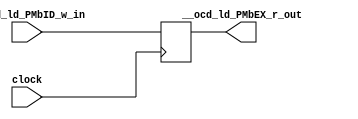

// File generated by Go version U-2022.12#33f3808fcb#221128, Thu Jan 25 16:08:15 2024
// Copyright 2014-2022 Synopsys, Inc. All rights reserved.
// go -I../lib -F -DSYNTHESIS_NO_UNGROUP -D__tct_patch__=0 -Verilog -otrv32p3_cnn_vlog -cgo_options.cfg -Itrv32p3_cnn_vlog/tmp_pdg -updg -updg_controller trv32p3_cnn



`timescale 1ns/1ps

// module pipe___ocd_ld_PMbEX : pipe___ocd_ld_PMbEX
module pipe___ocd_ld_PMbEX
  ( input  clock,
    input  __ocd_ld_PMbID_w_in, // bool
    output __ocd_ld_PMbEX_r_out // bool
  );


  reg pipe_val___ocd_ld_PMbEX_r_out;

  assign __ocd_ld_PMbEX_r_out = pipe_val___ocd_ld_PMbEX_r_out;


  always @ (posedge clock)
  begin : p_pipe___ocd_ld_PMbEX
    // (_pipe__ocd_ld_PMbID_EX)
    pipe_val___ocd_ld_PMbEX_r_out <= __ocd_ld_PMbID_w_in;

  end
endmodule